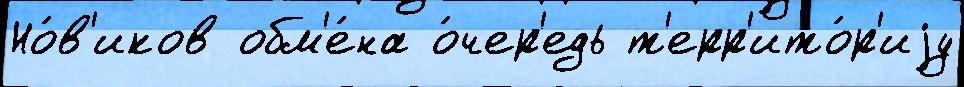
Но́в'иков обм'е́на о́чер'едь т'ерр'ито́р'иjу